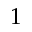
1